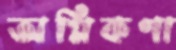
অগ্নিকণা